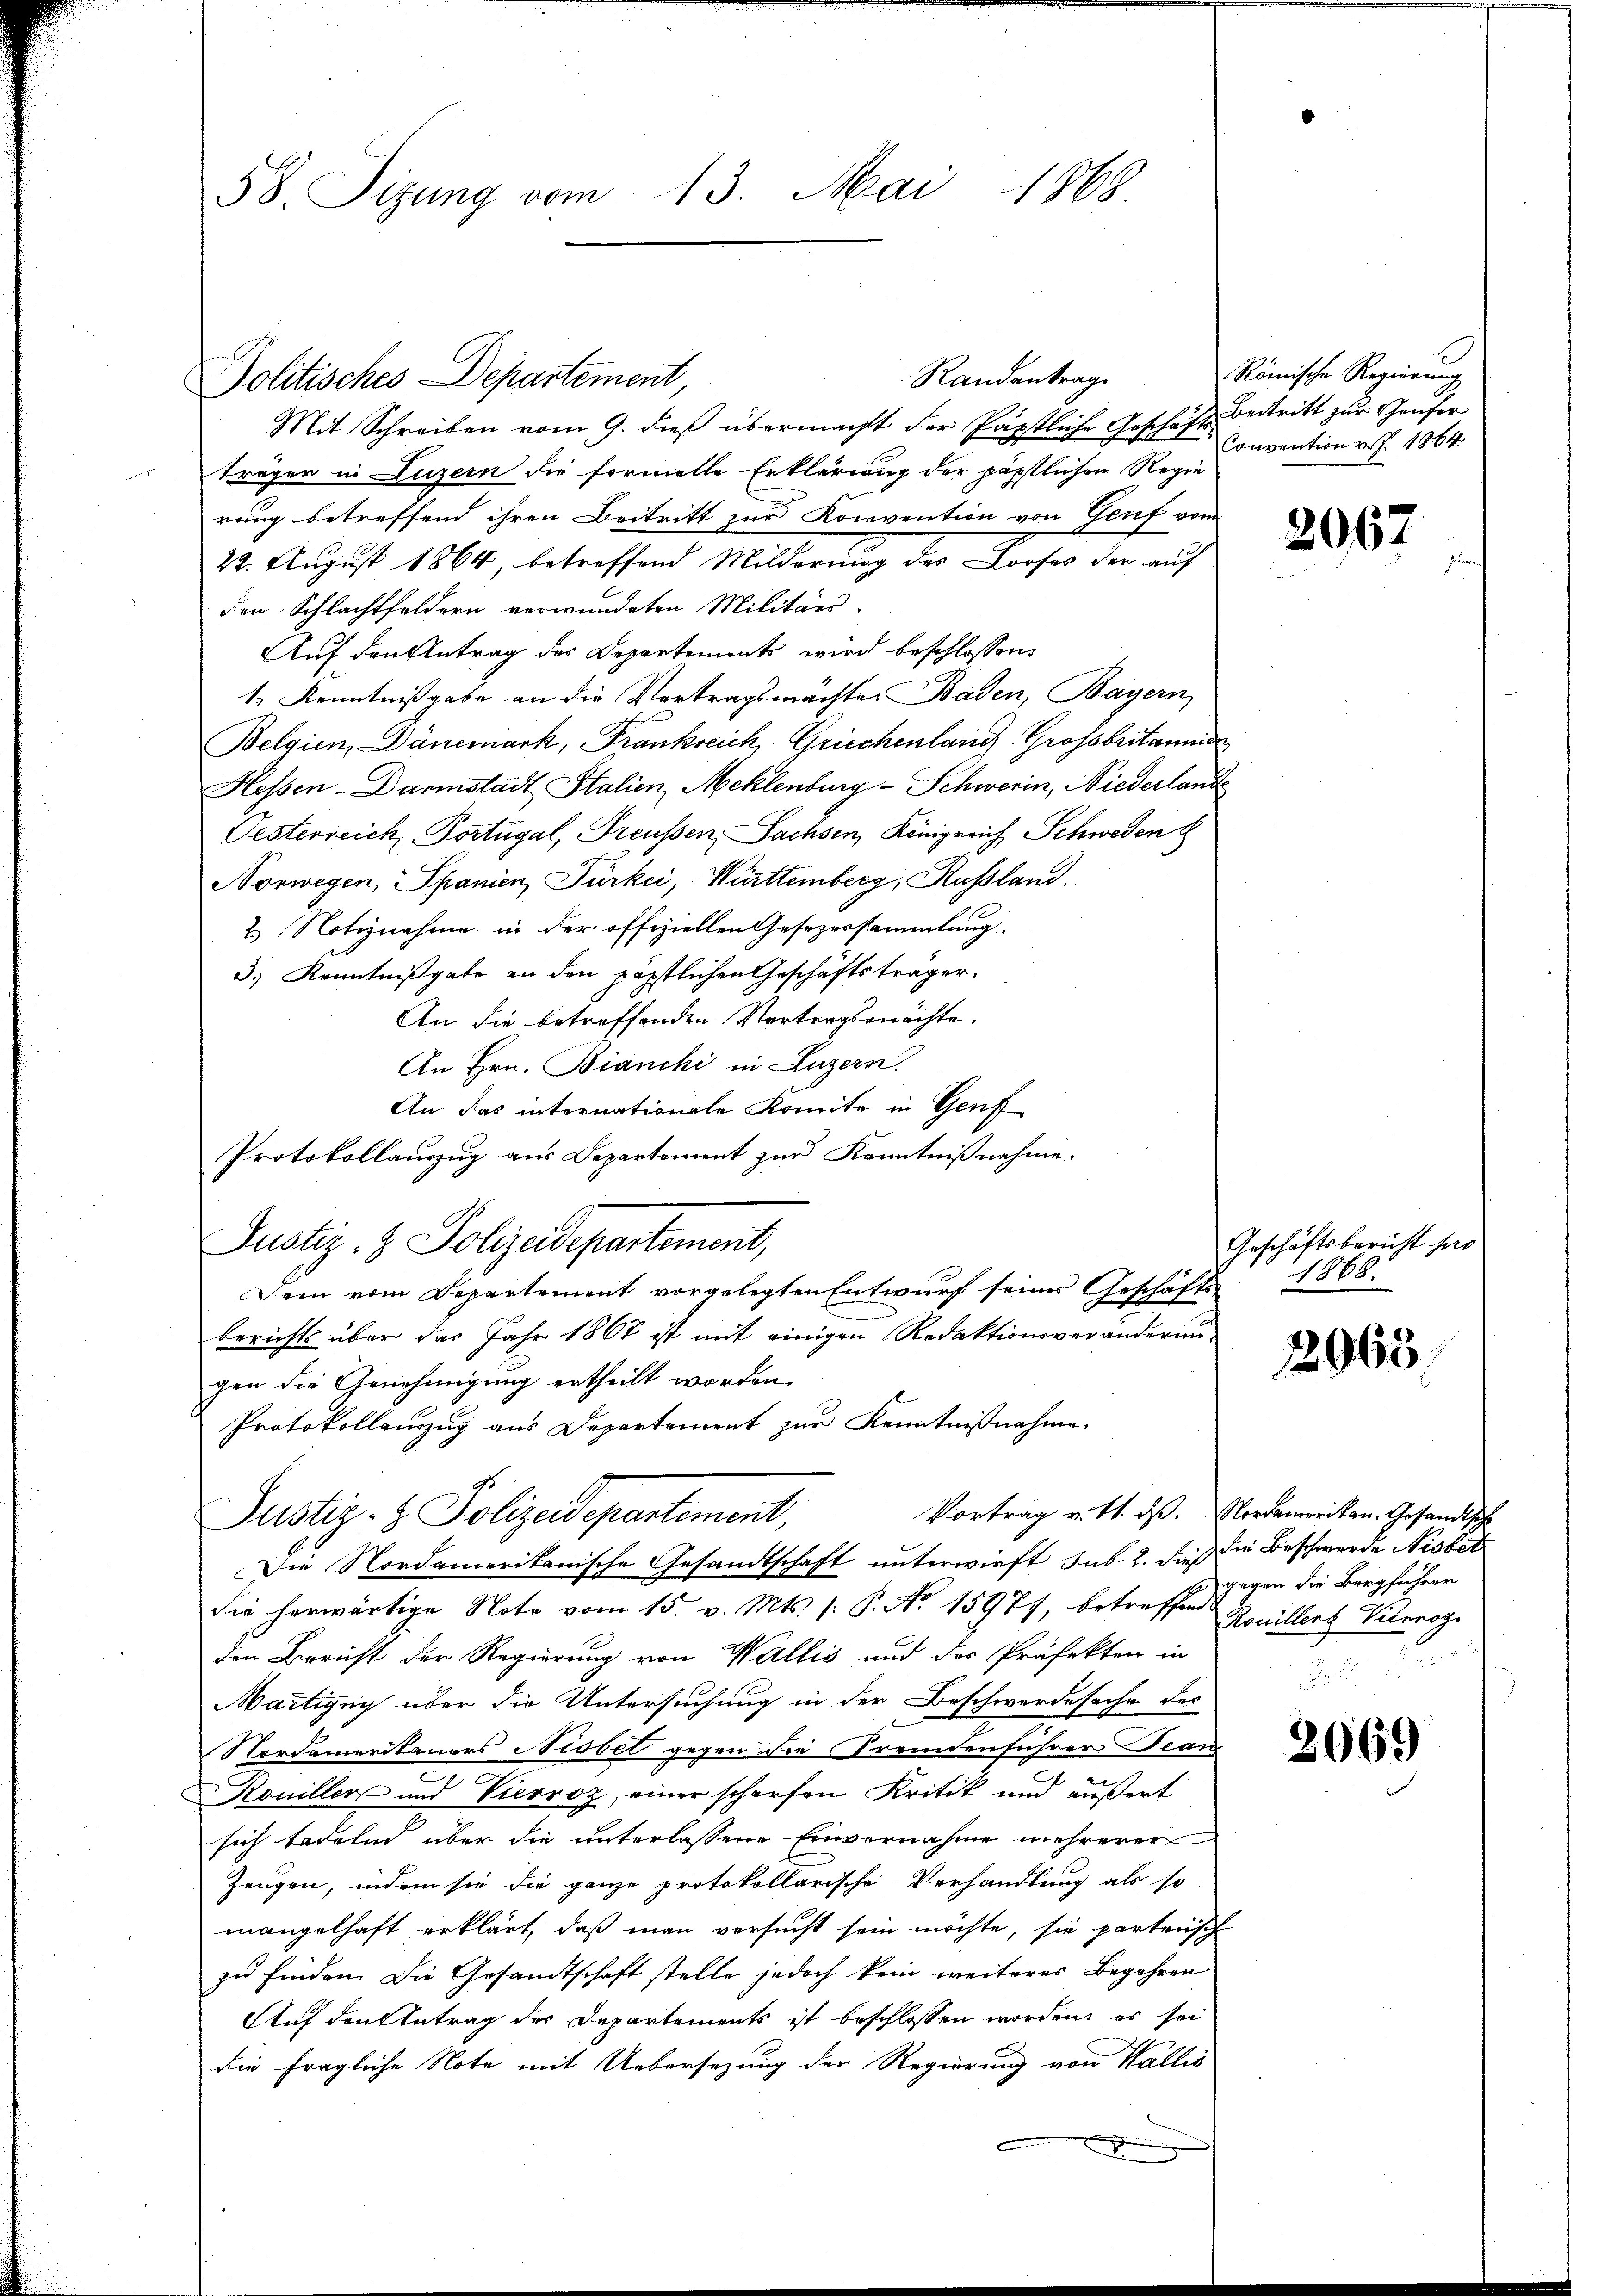
Randentrage
Mit Schreiben vom 9. dieß übermacht der Päpstliche Geschäft Beitritt zur Genferträgen in Luzern die formelle Erklärung der päpstlichen Regierung betreffend ihren Beitritt zur Konvention von Genf vom
22. August 1864, betreffend Milderung des Dorses der auf
den Schlachtfeldern verwundeten Militärs-
Auf den Antrag des Departements wird beschlossen,
1.) Kenntnißgabe an die Vertragsmächte. Baden, Bayern,
Belgien, Dänemark, Frankreich Griechenland Grossbritannis
Hessen-Darmstadt Stalien, Meklenburg-Schwerin, Niederlande
Pesterreich, Portugal, Preußen, Sachsen, Königreich Schweden
Norwegen, Spanien, Fürkci, Württemberg, Russland.
2 Notiznahme in der offiziellen Gesezessammlung.
3.) Kenntnißgabe an den päpstlichen Geschäftsträger.
An die betreffenden Vortragsrnächte.
An Hrn. Bianchi in Luzern.
An das internationale Komite in Genf
Protokollauszug aus Departement zur Kenntnißnahme.
Justiz- & Polizeidepartement,
Dein vom Departement vorgelegten Entwurf seines Geschäfts 1868
berichts über das Jahr 1867 ist mit einigen Redaktionsveränderungen die Genehmigung ertheilt worden.
Protokollenzug aus Departement zur Kenntnißnahme.
gs
Vortrag v. 11. ds. Nordameritan, Gesandtsche
Justiz- & Polizeidepartement,
Die Nordamerikanische Gesandtschaft unterwirft sub 2. dieß die Beschwerde Nisbet
die herwärtige Note vom 15. v. Mts. s. P. No. 15977, betreffend Gonillert Veterogi
den Bericht der Regierung von Wallis und des Präfekten in
Martigny über die Untersuchung in der Beschwerdesache des
Nordamerikauers Ncobel gegen die Fremdenführer Bean
Kouiller und Vierroz, einer scharfen Kritik und äußert
sich tadeln über die unterlassene Einvernahme mehrerer
Zeugen, indem sie die ganze protokollarische Verhandlung als so
mangelhaft erklärt, daß man versucht sein möchte, sie parterisch
zu finden. Die Gesandtschaft stelle jedoch kein weiteres Begehren
Auf den Antrag der Departements ist beschlossen worden, es sei
die fragliche Note mit Uebersezung der Regierung von Wallis
d

58. Sizung vom 13. Mai 1868

Politisches Departement,

Römische Regierung
Convention v. J. 1864.

2067

Geschäftsbericht herr

2063

gegen die Bergführer
.

2069